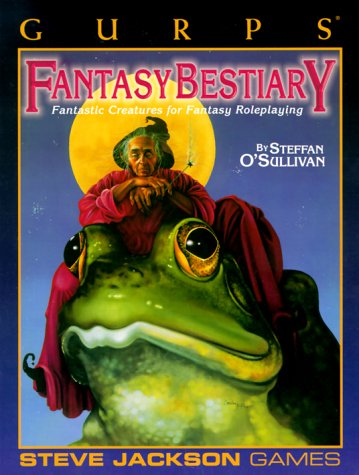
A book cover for GURPS Fantasy Bestiary reprint (GURPS: Generic Universal Role Playing System); Steffan O'Sullivan; Science Fiction & Fantasy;